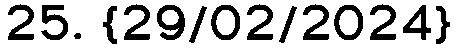
25. {29/02/2024}